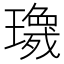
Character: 𱯷